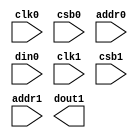
/// sta-blackbox

// OpenRAM SRAM model
// Words: 256
// Word size: 8

module subbyte2(
`ifdef USE_POWER_PINS
    vccd1,
    vssd1,
`endif
// Port 0: W
    clk0,csb0,addr0,din0,
// Port 1: R
    clk1,csb1,addr1,dout1
  );

  parameter DATA_WIDTH = 8 ;
  parameter ADDR_WIDTH = 8 ;
  parameter RAM_DEPTH = 1 << ADDR_WIDTH;
  // FIXME: This delay is arbitrary.
  parameter DELAY = 3 ;
  parameter VERBOSE = 1 ; //Set to 0 to only display warnings
  parameter T_HOLD = 1 ; //Delay to hold dout value after posedge. Value is arbitrary

`ifdef USE_POWER_PINS
    inout vccd1;
    inout vssd1;
`endif
  input  clk0; // clock
  input   csb0; // active low chip select
  input [ADDR_WIDTH-1:0]  addr0;
  input [DATA_WIDTH-1:0]  din0;
  input  clk1; // clock
  input   csb1; // active low chip select
  input [ADDR_WIDTH-1:0]  addr1;
  output [DATA_WIDTH-1:0] dout1;

  reg [DATA_WIDTH-1:0]    mem [0:RAM_DEPTH-1];

  reg  csb0_reg;
  reg [ADDR_WIDTH-1:0]  addr0_reg;
  reg [DATA_WIDTH-1:0]  din0_reg;

  reg  csb1_reg;
  reg [ADDR_WIDTH-1:0]  addr1_reg;
  reg [DATA_WIDTH-1:0]  dout1;

endmodule